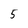
Character: 5